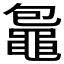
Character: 𪓠